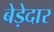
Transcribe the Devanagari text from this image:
बेड़ेदार